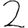
Digit: 2